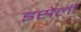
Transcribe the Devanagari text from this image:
इस्रेली